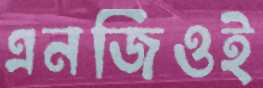
এনজিওই